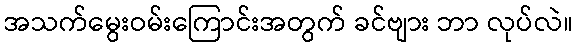
အသက်မွေးဝမ်းကြောင်းအတွက် ခင်ဗျား ဘာ လုပ်လဲ။